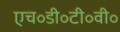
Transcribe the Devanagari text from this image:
एच॰डी॰टी॰वी॰